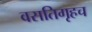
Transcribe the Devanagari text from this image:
वसतिगृहच